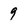
Character: 9